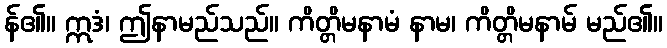
န်၏။ ဣဒံ၊ ဤနာမည်သည်။ ကိတ္တိမနာမံ နာမ၊ ကိတ္တိမနာမ် မည်၏။